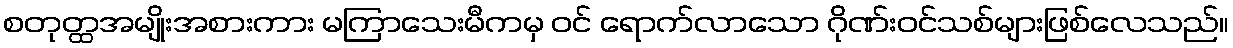
စတုတ္ထအမျိုးအစားကား မကြာသေးမီကမှ ဝင် ရောက်လာသော ဂိုဏ်းဝင်သစ်များဖြစ်လေသည်။